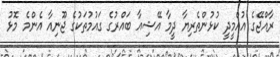
ރާއްޖޭގެ އުއްމީދީ ކުޅުންތެރިޔާ ދީމާ އޭޝިއާ ބައްރުގެ ގައުމުތަކުގެ ޖޫނިއާ އެންމެ މޮޅު